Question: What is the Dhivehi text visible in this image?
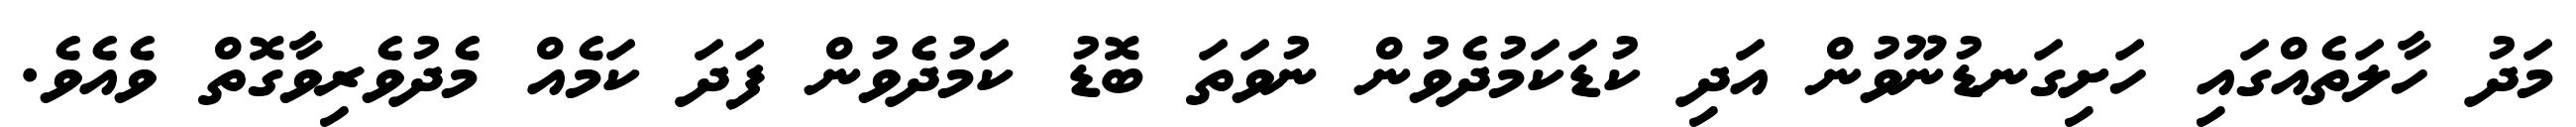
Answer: މަދު ހާލަތެއްގައި ހަށިގަނޑުނޫވުން އަދި ކުޑަކަމުދެވުން ނުވަތަ ބޮޑު ކަމުދެވުން ފަދަ ކަމެއް މެދުވެރިވާގޮތް ވެއެވެ.